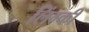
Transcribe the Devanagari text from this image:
लिंग्‍की